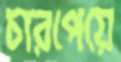
চারপেয়ে